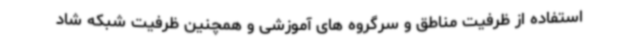
استفاده از ظرفیت مناطق و سرگروه های آموزشی و همچنین ظرفیت شبکه شاد